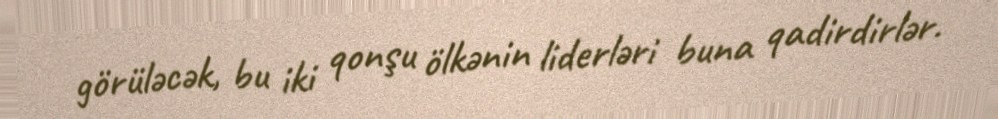
görüləcək, bu iki qonşu ölkənin liderləri buna qadirdirlər.